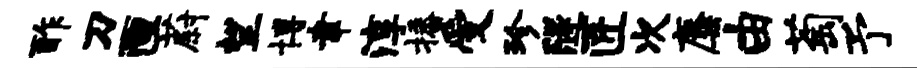
酢刀匣蔚望博聿淳播受珍隧匠次麋由萄予